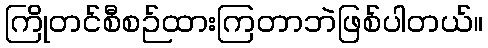
ကြိုတင်စီစဉ်ထားကြတာဘဲဖြစ်ပါတယ်။